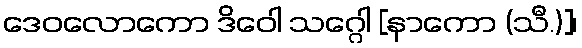
ဒေဝလောကော ဒိဝေါ သဂ္ဂေါ [နာကော (သီ.)]၊